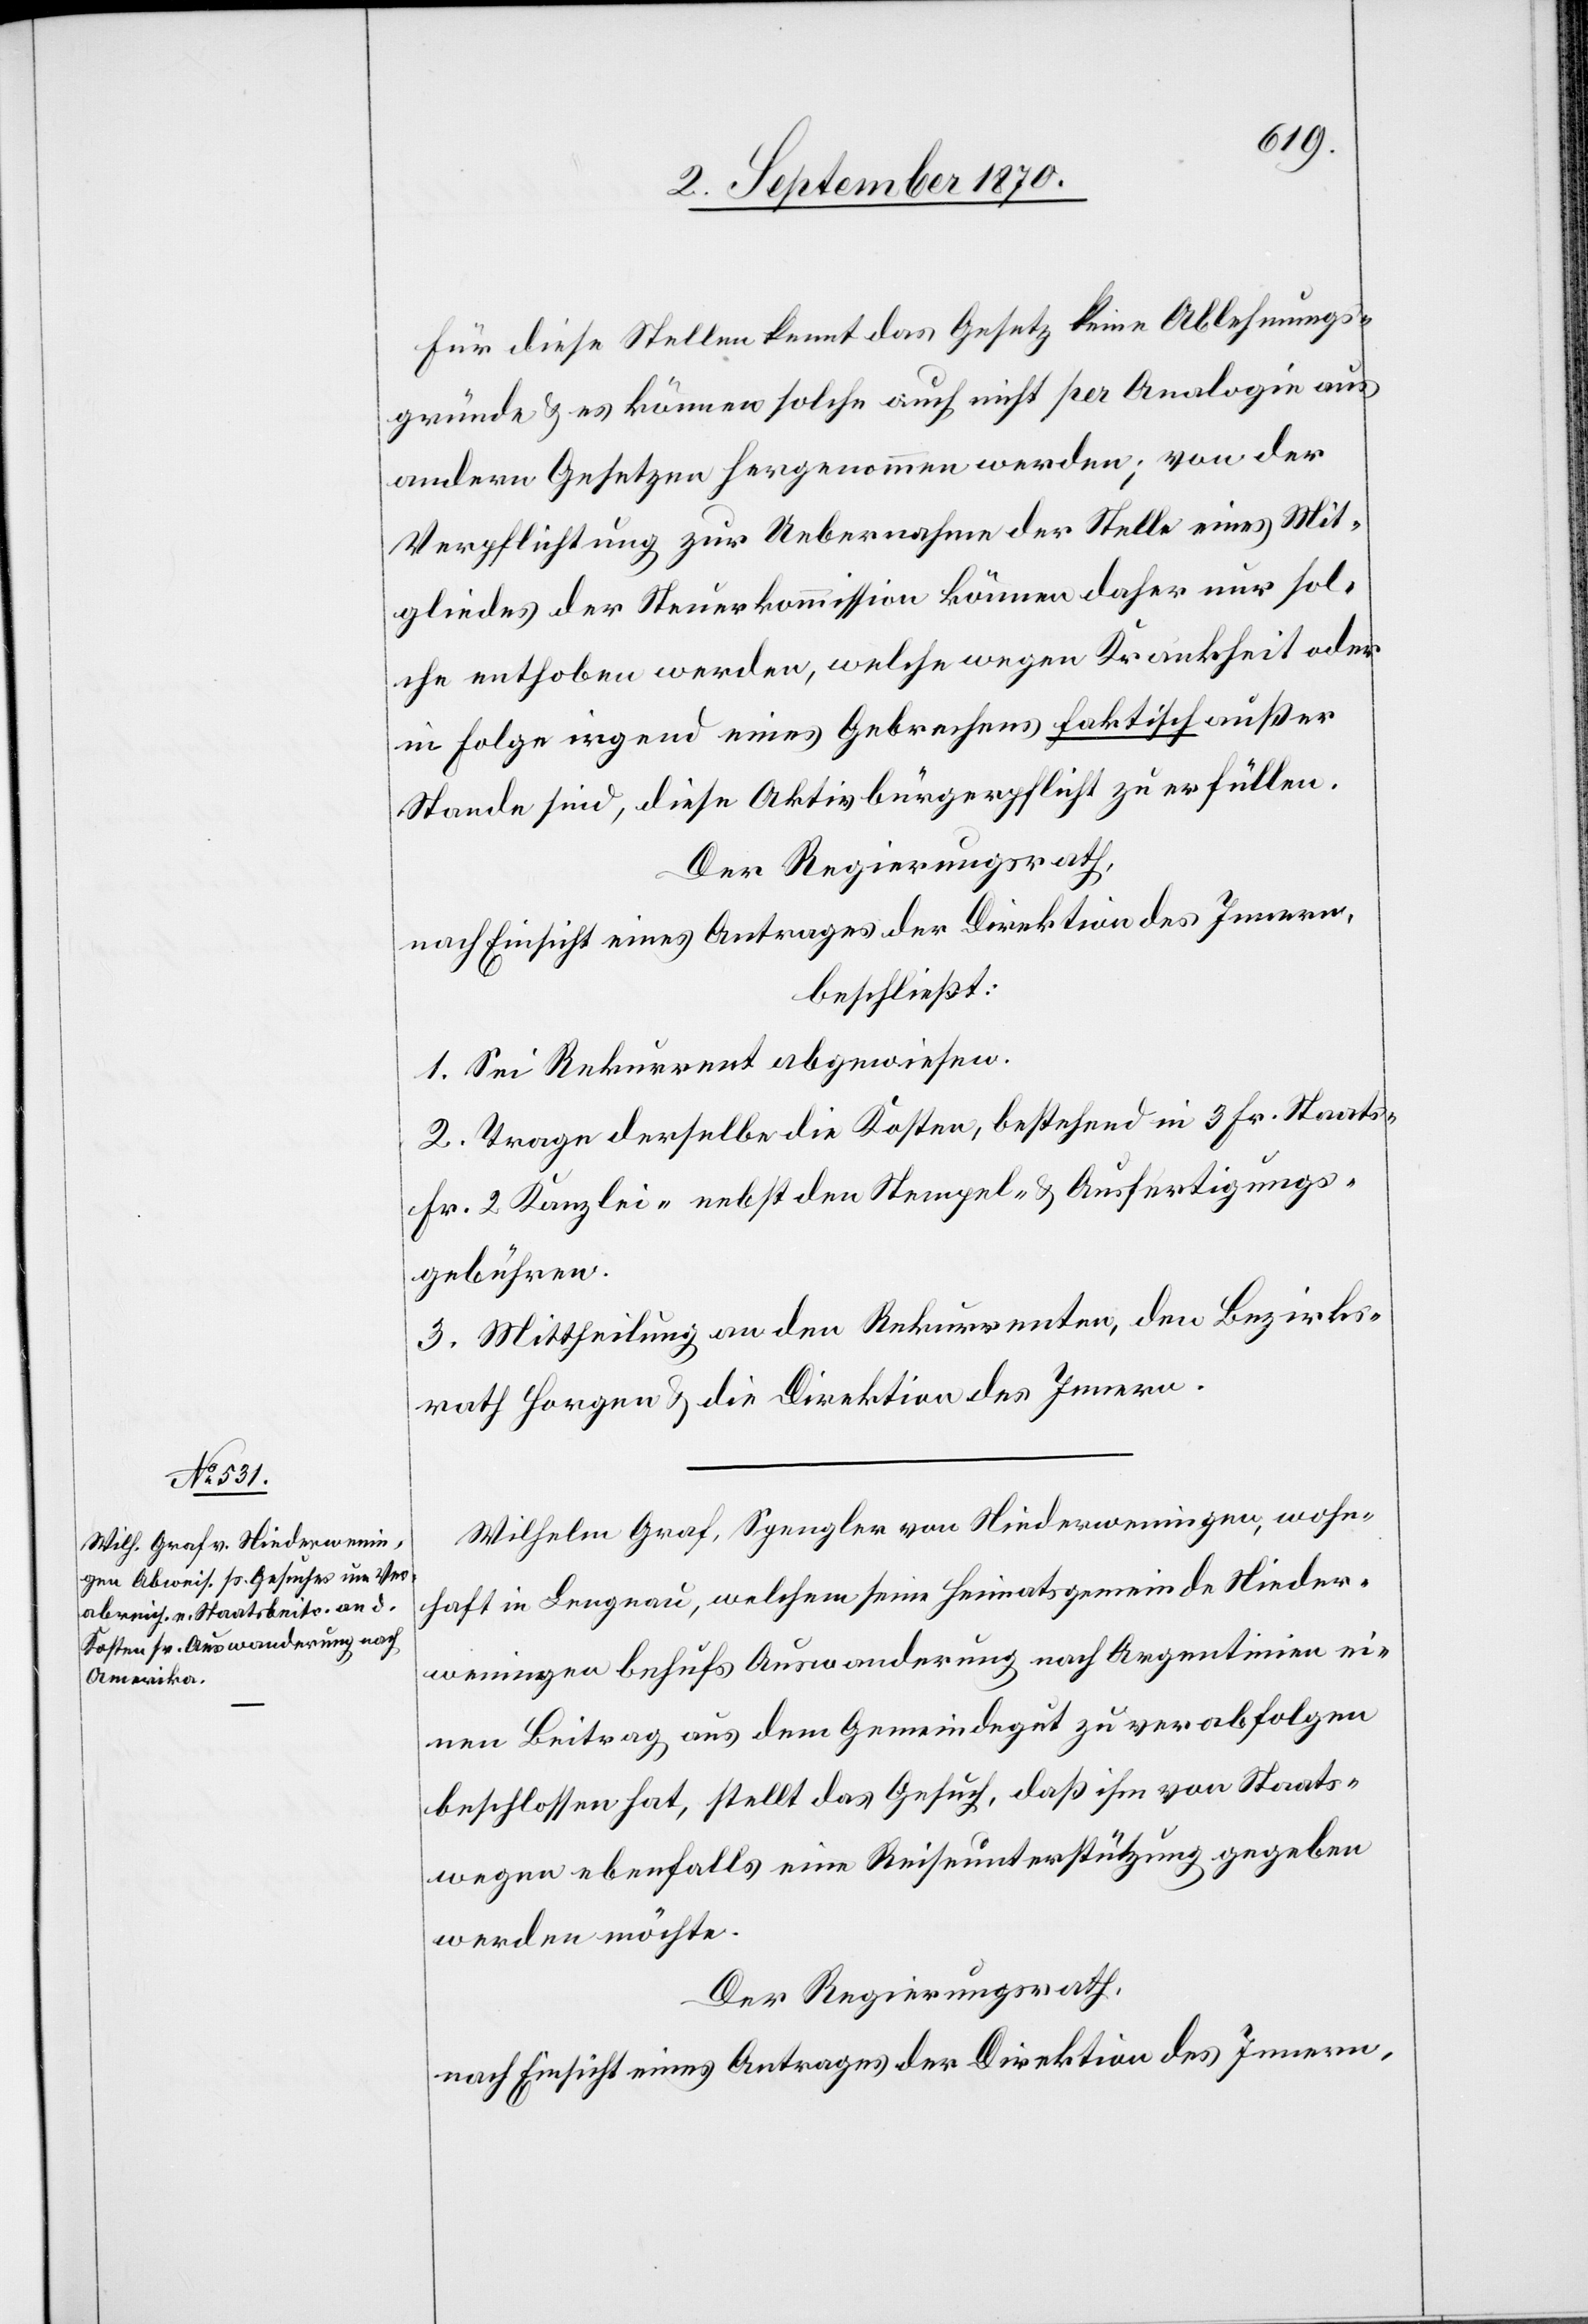
Für diese Stellen kennt das Gesetz keine Ablehnungs¬
gründe & es können solche auch nicht per Analogie aus
andern Gesetzen hergenommen werden; von der
Verpflichtung zur Uebernahme der Stelle eines Mit¬
gliedes der Steuerkommission können daher nur sol¬
che enthoben werden, welche wegen Krankheit oder
in Folge irgend eines Gebrechens faktisch außer
Stande sind, diese Aktivbürgerpflicht zu erfüllen.
Der Regierungsrath,
nach Einsicht eines Antrages der Direktion des Innern,
beschließt:
1. Sei Rekurrent abgewiesen.
2. Trage derselbe die Kosten, bestehend in 3 Fr. Staats-[,]
Fr. 2 Kanzlei- nebst den Stempel- & Ausfertigungs¬
gebühren.
Wilhelm Graf, Spengler von Niederweningen, wohn¬
haft in Langnau, welchem seine Heimatsgemeinde Nieder¬
weningen behufs Auswanderung nach Argentinien ei¬
nen Beitrag aus dem Gemeindegut zu verabfolgen
beschlossen hat, stellt das Gesuch, daß ihm von Staats¬
wegen ebenfalls eine Reiseunterstützung gegeben
werden möchte.
Der Regierungsrath,
nach Einsicht eines Antrages der Direktion des Innern,